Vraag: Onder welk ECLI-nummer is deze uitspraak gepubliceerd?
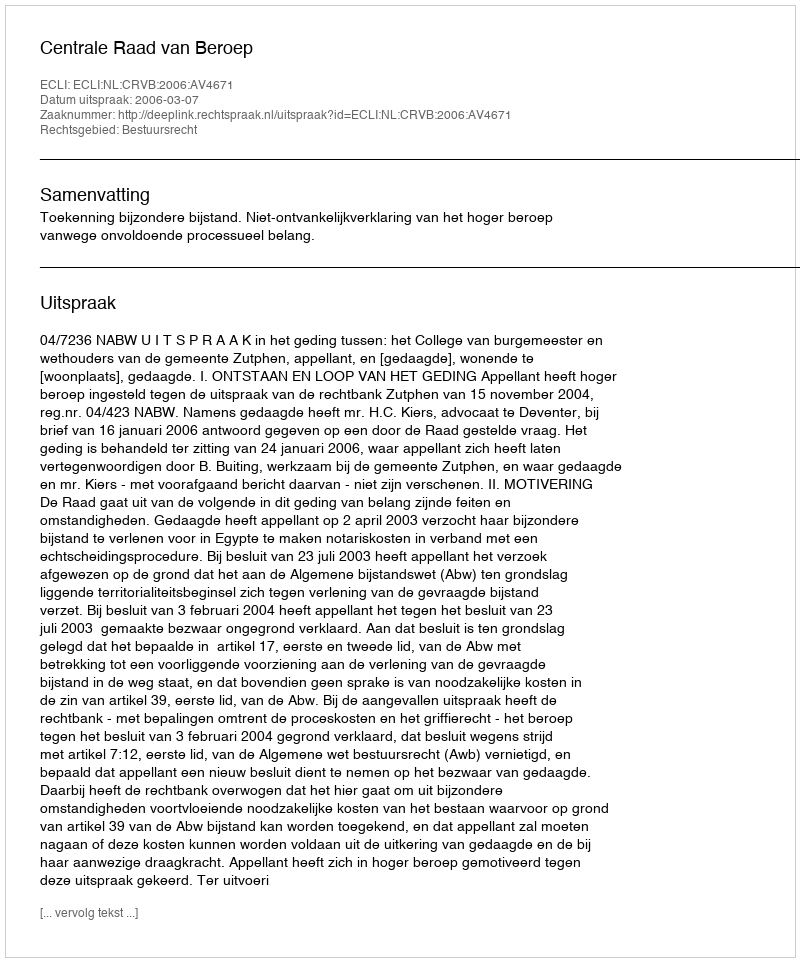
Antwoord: ECLI:NL:CRVB:2006:AV4671